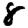
Digit: 8